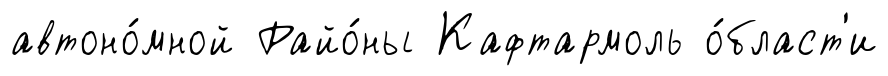
автоно́мной Райо́ны Кафтармоль о́бласт'и